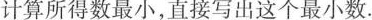
计算所得数最小，直接写出这个最小数.